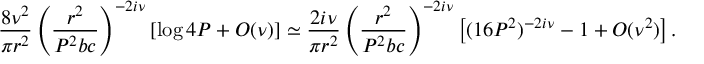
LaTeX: \frac { 8 \nu ^ { 2 } } { \pi r ^ { 2 } } \left( \frac { r ^ { 2 } } { P ^ { 2 } b c } \right) ^ { - 2 i \nu } [ \log 4 P + O ( \nu ) ] \simeq \frac { 2 i \nu } { \pi r ^ { 2 } } \left( \frac { r ^ { 2 } } { P ^ { 2 } b c } \right) ^ { - 2 i \nu } \left[ ( 1 6 P ^ { 2 } ) ^ { - 2 i \nu } - 1 + O ( \nu ^ { 2 } ) \right] .